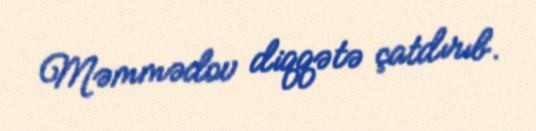
Məmmədov diqqətə çatdırıb.